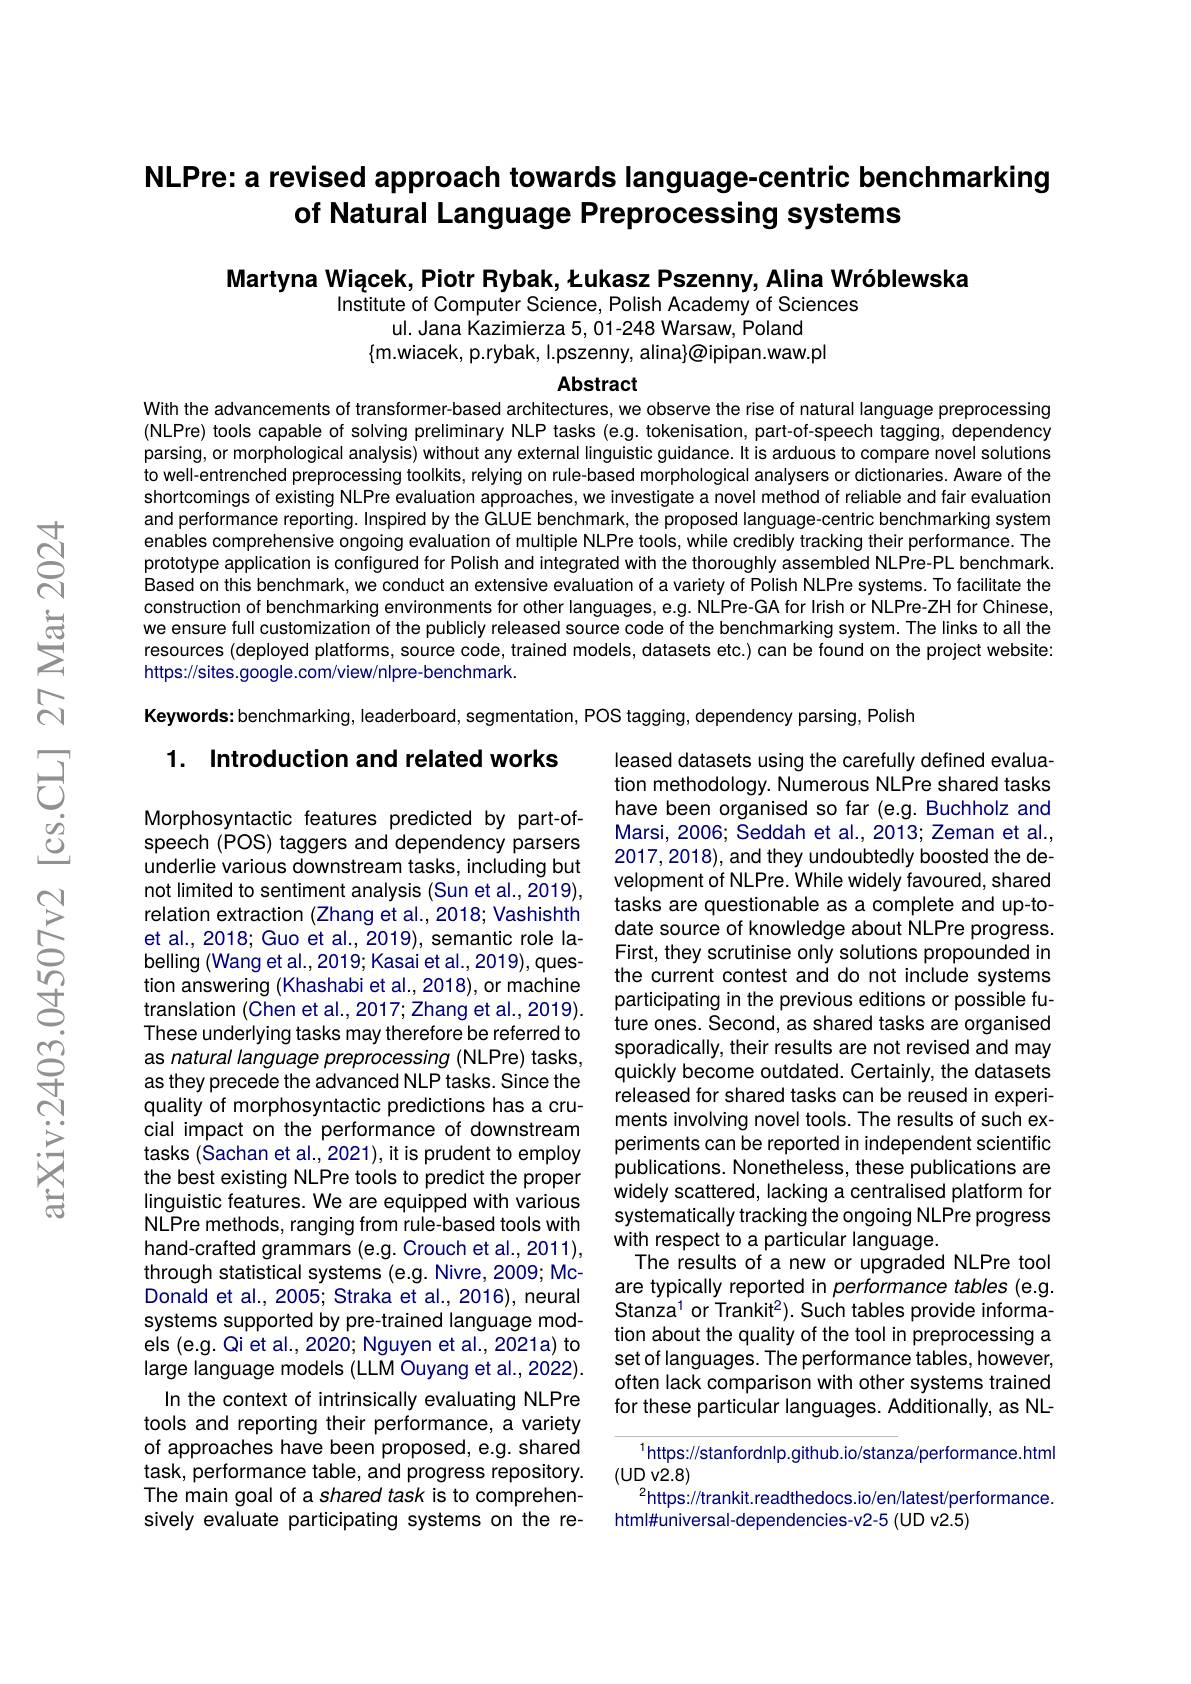
# NLPre: a revised approach towards language-centric benchmarking of Natural Language Preprocessing systems

Martyna Wiącek, Piotr Rybak, Łukasz Pszenny, Alina Wróblewska

Institute of Computer Science, Polish Academy of Sciences
ul. Jana Kazimierza 5,01-248 Warsaw, Poland

Abstract

With the advancements of transformer-based architectures, we observe the rise of natural language preprocessing (NLPre) tools capable of solving preliminary NLP tasks (e.g. tokenisation, part-of-speech tagging, dependency parsing, or morphological analysis) without any external linguistic guidance. It is arduous to compare novel solutions to well-entrenched preprocessing toolkits, relying on rule-based morphological analysers or dictionaries. Aware of the shortcomings of existing NLPre evaluation approaches, we investigate a novel method of reliable and fair evaluation and performance reporting. Inspired by the GLUE benchmark, the proposed language-centric benchmarking system enables comprehensive ongoing evaluation of multiple NLPre tools, while credibly tracking their performance. The prototype application is configured for Polish and integrated with the thoroughly assembled NLPre-PL benchmark. Based on this benchmark, we conduct an extensive evaluation of a variety of Polish NLPre systems. To facilitate the construction of benchmarking environments for other languages, e.g. NLPre-GA for Irish or NLPre-ZH for Chinese, we ensure full customization of the publicly released source code of the benchmarking system. The links to all the resources (deployed platforms, source code, trained models, datasets etc.) can be found on the project website: https://sites.google.com/view/nlpre-benchmark.

Keywords: benchmarking, leaderboard, segmentation, POS tagging, dependency parsing, Polish

1. Introduction and related works

leased datasets using the carefully defined evaluation methodology. Numerous NLPre shared tasks have been organised so far (e.g. Buchholz and Marsi, 2006; Seddah et al., 2013; Zeman et al., 2017, 2018), and they undoubtedly boosted the development of NLPre. While widely favoured, shared tasks are questionable as a complete and up-todate source of knowledge about NLPre progress First, they scrutinise only solutions propounded in the current contest and do not include systems participating in the previous editions or possible future ones. Second, as shared tasks are organised sporadically, their results are not revised and may quickly become outdated. Certainly, the datasets released for shared tasks can be reused in experiments involving novel tools. The results of such experiments can be reported in independent scientific publications. Nonetheless, these publications are widely scattered, lacking a centralised platform for systematically tracking the ongoing NLPre progress with respect to a particular language.
The results of a new or upgraded NLPre tool are typically reported in performance tables (e.g. Stanza$^{1}$ or Trankit$^2) .$ Such tables provide informa- tion about the quality of the tool in preprocessing a set of languages. The performance tables, however, often lack comparison with other systems trained for these particular languages. Additionally, as NL-

Morphosyntactic features predicted by part-ofspeech (POS) taggers and dependency parsers underlie various downstream tasks, including but not limited to sentiment analysis (Sun et al.,2019), relation extraction (Zhang et al.,2018; Vashishth et al., 2018; Guo et al., 2019), semantic role labelling (Wang et al., 2019; Kasai et al., 2019), question answering (Khashabi et al., 2018), or machine translation (Chen et al., 2017; Zhang et al., 2019). These underlying tasks may therefore be referred to as natural language preprocessing (NLPre) tasks, as they precede the advanced NLP tasks. Since the quality of morphosyntactic predictions has a crucial impact on the performance of downstream tasks (Sachan et al., 2021), it is prudent to employ the best existing NLPre tools to predict the proper linguistic features. We are equipped with various NLPre methods, ranging from rule-based tools with hand-crafted grammars (e.g. Crouch et al., 2011), through statistical systems (e.g. Nivre, 2009; McDonald et al., 2005; Straka et al., 2016), neural systems supported by pre-trained language models (e.g. Qi et al., 2020; Nguyen et al., 2021a) to large language models (LLM Ouyang et al., 2022).
In the context of intrinsically evaluating NLPre tools and reporting their performance, a variety of approaches have been proposed, e.g. shared task, performance table, and progress repository. The main goal of a shared task is to comprehensively evaluate participating systems on the re-

$^{1}$https://stanfordnlp.github.io/stanza/performance.html
$(UDV2.8)$
$^{2}$https://trankit.readthedocs.io/en/latest/performance.
html#universal-dependencies-v2-5 (UD v2.5)